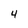
Character: 4